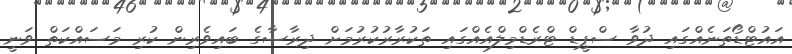
އައުޓްޑޯތަނެއްގައި ދުވާ ސްޕީޑް ޓްރެޑްމިލްއެއްގައި ތަކުރާރުކުރުމަށް ދިރާސާގެ ބައިވެރިން ކުރި މަސައްކަތް ވަނީ